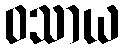
ဝသာယ